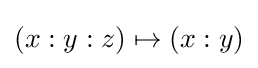
(x:y:z)\mapsto (x:y)